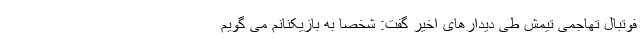
فوتبال تهاجمی تیمش طی دیدارهای اخیر گفت: شخصا به بازیکنانم می گویم